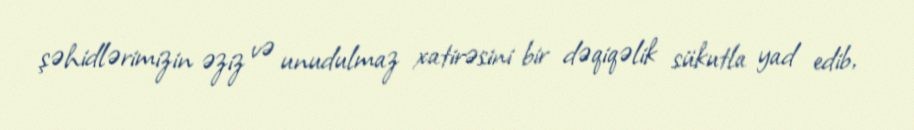
şəhidlərimizin əziz və unudulmaz xatirəsini bir dəqiqəlik sükutla yad edib,